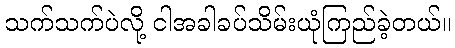
သက်သက်ပဲလို့ ငါအခါခပ်သိမ်းယုံကြည်ခဲ့တယ်။